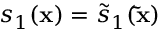
s _ { 1 } ( \mathbf { x } ) = \tilde { s } _ { 1 } ( \mathbf { \tilde { x } } )